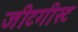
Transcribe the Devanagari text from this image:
जीटगीस्ट